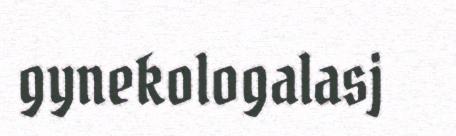
gynekologalasj